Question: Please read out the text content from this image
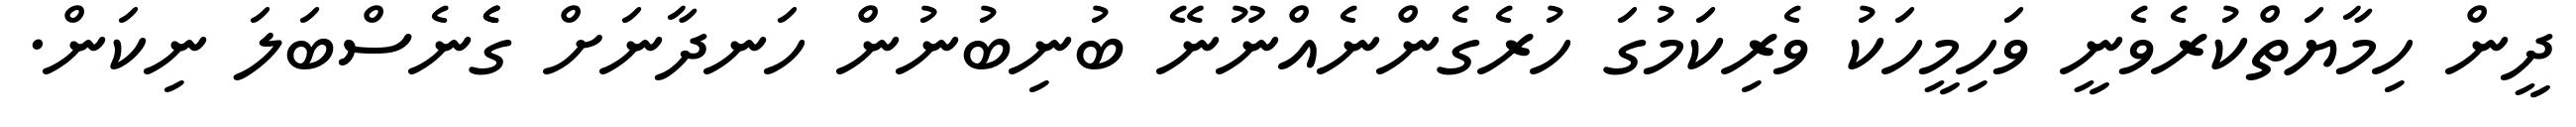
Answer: ދީން ހިމާޔަތްކުރެވެނީ ވަހިމީހަކު ވެރިކަމުގަ ހުރެގެންނެއްނޫނޭ ބުނިބުނުން ހަނދާނަށް ގެެެނެސްބަލަ ނިކަން.